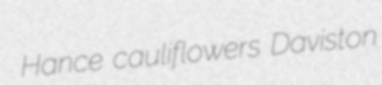
Hance cauliflowers Daviston